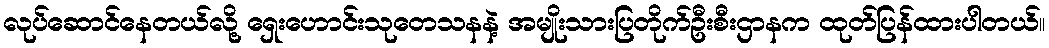
လုပ်ဆောင်နေတယ်လို့ ရှေးဟောင်းသုတေသနနဲ့ အမျိုးသားပြတိုက်ဦးစီးဌာနက ထုတ်ပြန်ထားပါတယ်။